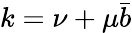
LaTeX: k=\nu+\mu\bar{b}